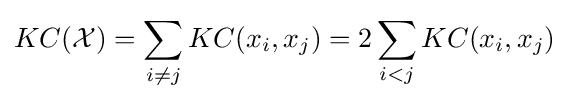
KC({\mathcal {X}})=\sum _{i\neq j}KC(x_{i},x_{j})=2\sum _{i<j}KC(x_{i},x_{j})